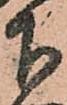
下